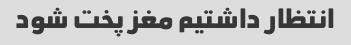
انتظار داشتیم مغز پخت شود